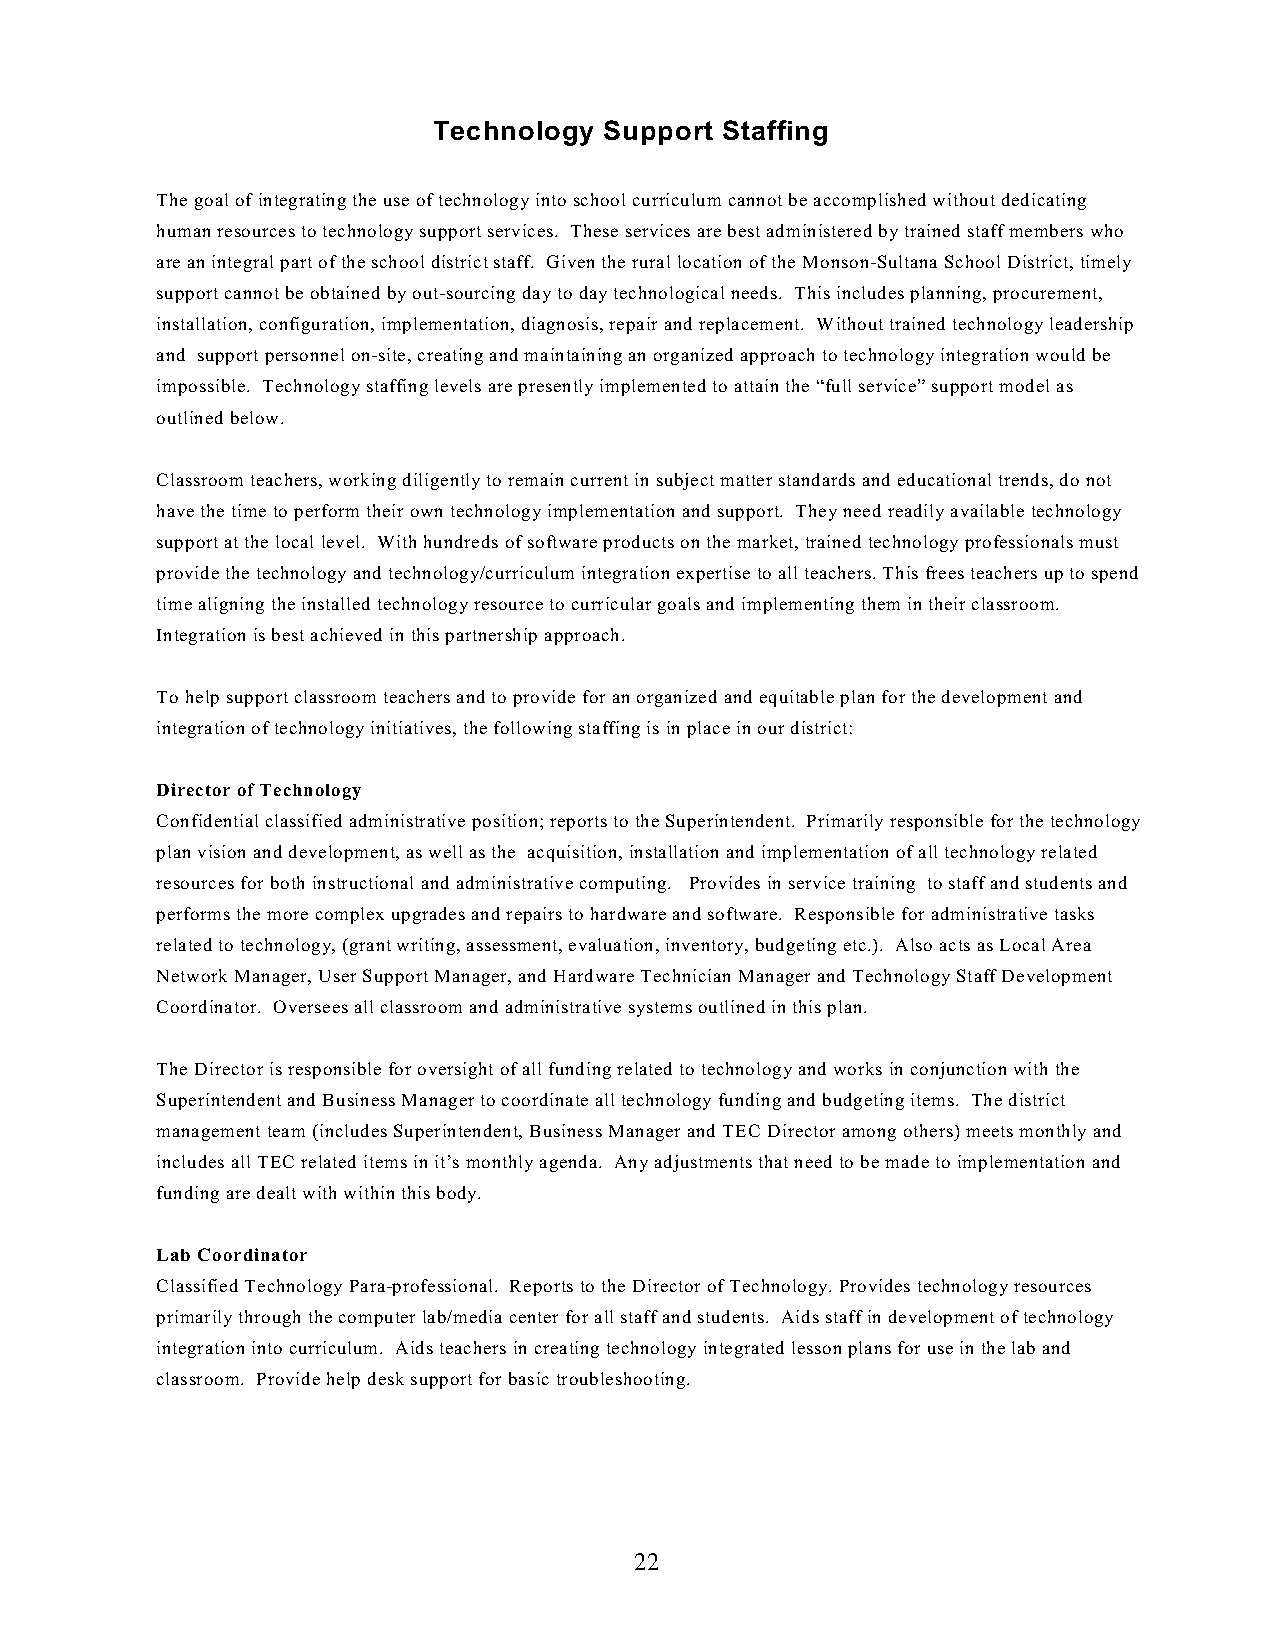
Technology Support Staffing
 The goal of integrating the use of technology into school curriculum cannot be accomplished without dedicating
 human resources to technology support services. These services are best administered by trained staff members who
 are an integral part of the school district staff. Given the rural location of the Monson-Sultana School District, timely
 support cannot be obtained by out-sourcing day to day technological needs. This includes planning, procurement,
 installation, configuration, implementation, diagnosis, repair and replacement. Without trained technology leadership
 and support personnel on-site, creating and maintaining an organized approach to technology integration would be
 impossible. Technology staffing levels are presently implemented to attain the “full service” support model as
 outlined below.
 Classroom teachers, working diligently to remain current in subject matter standards and educational trends, do not
 have the time to perform their own technology implementation and support. They need readily available technology
 support at the local level. With hundreds of software products on the market, trained technology professionals must
 provide the technology and technology/curriculum integration expertise to all teachers. This frees teachers up to spend
 time aligning the installed technology resource to curricular goals and implementing them in their classroom.
 Integration is best achieved in this partnership approach.
 To help support classroom teachers and to provide for an organized and equitable plan for the development and
 integration of technology initiatives, the following staffing is in place in our district:
 Director of Technology
 Confidential classified administrative position; reports to the Superintendent. Primarily responsible for the technology
 plan vision and development, as well as the acquisition, installation and implementation of all technology related
 resources for both instructional and administrative computing. Provides in service training to staff and students and
 performs the more complex upgrades and repairs to hardware and software. Responsible for administrative tasks
 related to technology, (grant writing, assessment, evaluation, inventory, budgeting etc.). Also acts as Local Area
 Network Manager, User Support Manager, and Hardware Technician Manager and Technology Staff Development
 Coordinator. Oversees all classroom and administrative systems outlined in this plan.
 The Director is responsible for oversight of all funding related to technology and works in conjunction with the
 Superintendent and Business Manager to coordinate all technology funding and budgeting items. The district
 management team (includes Superintendent, Business Manager and TEC Director among others) meets monthly and
 includes all TEC related items in it’s monthly agenda. Any adjustments that need to be made to implementation and
 funding are dealt with within this body.
 Lab Coordinator
 Classified Technology Para-professional. Reports to the Director of Technology. Provides technology resources
 primarily through the computer lab/media center for all staff and students. Aids staff in development of technology
 integration into curriculum. Aids teachers in creating technology integrated lesson plans for use in the lab and
 classroom. Provide help desk support for basic troubleshooting.
 22